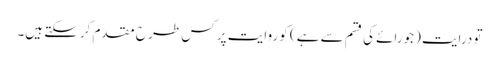
تو درایت (جورائے کی قسم سے ہے) کو روایت پر کس طر ح مقدم کرسکتے ہیں۔